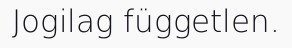
Jogilag független.